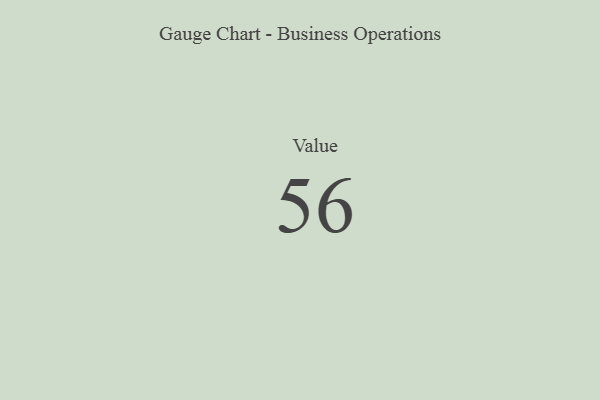
{"axis": {"x": "Metric", "y": "Value"}, "legend": [""], "data": [{"x": "Value", "y": 56, "type": ""}]}